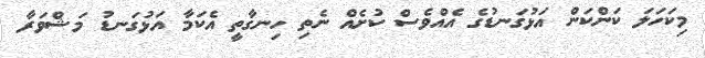
މިކަހަލަ ކަންކަން އަޅުގަނޑުގެ އެއްވެސް ކުށެއް ނެތި ހިނގާތީ އެކަމާ އަޅުގަނޑު މަޝްވަރާ